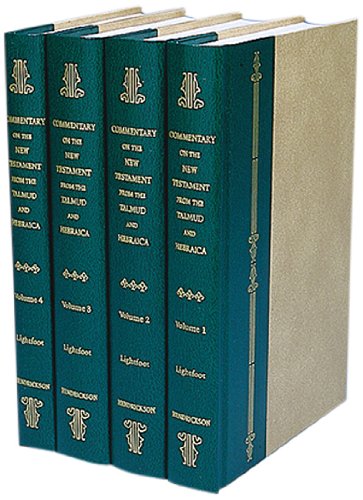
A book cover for A Commentary on the New Testament from the Talmud and Hebraica (4 Vol. Set); John Lightfoot; Christian Books & Bibles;